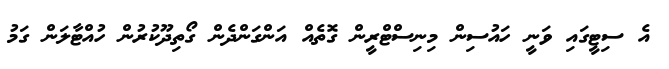
އެ ސިޓީގައި ވަނީ ހައުސިން މިނިސްޓްރީން ގޮތެއް އަންގަންދެން ގޯތިދޫކުރުން ހުއްޓާލަން ގަމު